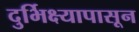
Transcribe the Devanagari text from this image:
दुर्भिक्ष्यापासून